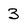
Character: 3